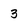
Character: 3